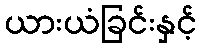
ယားယံခြင်းနှင့်